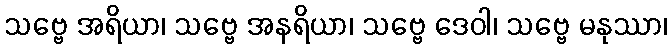
သဗ္ဗေ အရိယာ၊ သဗ္ဗေ အနရိယာ၊ သဗ္ဗေ ဒေဝါ၊ သဗ္ဗေ မနုဿာ၊